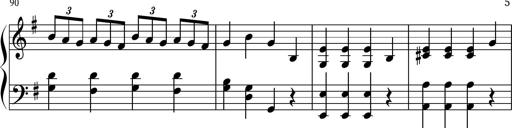
Title: Keyboard Sonatina in G
Composer: Michael Pogudin
Key: G major